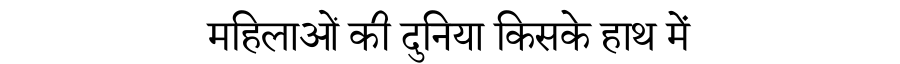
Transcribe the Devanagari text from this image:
महिलाओं की दुनिया किसके हाथ में